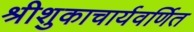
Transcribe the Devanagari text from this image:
श्रीशुकाचार्यवर्णित